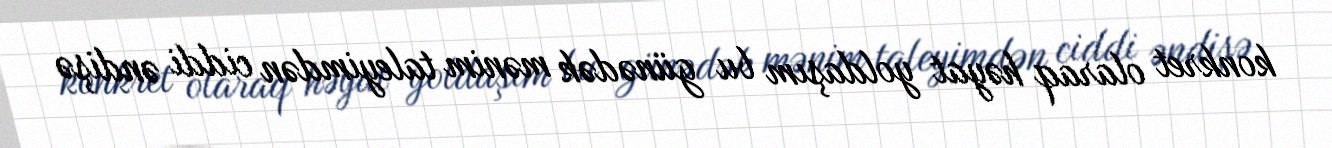
konkret olaraq həyat yoldaşım bu günədək mənim taleyimdən ciddi əndişə